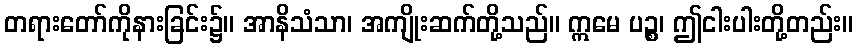
တရားတော်ကိုနားခြင်း၌။ အာနိသံသာ၊ အကျိုးဆက်တို့သည်။ ဣမေ ပဉ္စ၊ ဤငါးပါးတို့တည်း။